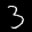
Label: 3